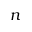
n